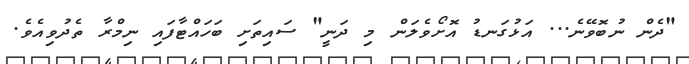
"ދެން ނުބޮވޭނެ... އަޅުގަނޑު އޮށޯވެލަން މި ދަނީ" ސައިތަށި ބަހައްޓާފައި ނިމްރާ ތެދުވިއެވެ.